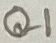
Text: Q1